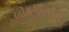
લોકગીતનો